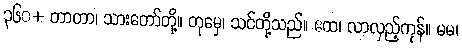
၃၆၀+ တာတာ၊ သားတော်တို့။ တုမှေ၊ သင်တို့သည်။ ဧထ၊ လာလှည့်ကုန်။ မမ၊